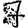
Digit: 7